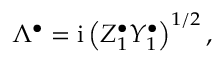
\Lambda ^ { \bullet } = \mathrm { i } \left( Z _ { 1 } ^ { \bullet } Y _ { 1 } ^ { \bullet } \right) ^ { 1 / 2 } ,